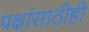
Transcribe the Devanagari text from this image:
पक्षांसाठीही